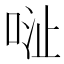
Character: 𱒺